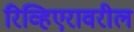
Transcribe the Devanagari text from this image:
रिव्हिएरावरील